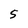
Character: 5